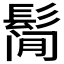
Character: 𱆁